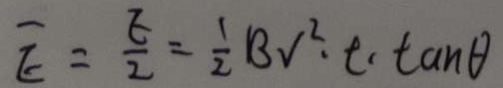
\overline { E } = \frac { E } { 2 } = \frac { 1 } { 2 } B V ^ { 2 } \cdot t \cdot \tan \theta